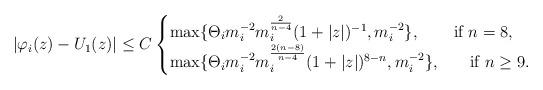
LaTeX: \begin{align*}|\varphi_i (z)-U_1(z)| \le C \begin{cases}\max\{ \Theta_im_i^{-2}m_i^{\frac{2}{n-4}}(1+|z|)^{-1}, m_i^{-2}\},& \mbox{if } n=8, \\\max\{ \Theta_i m_i^{-2}m_i^{\frac{2(n-8)}{n-4}}(1+|z|)^{8-n}, m_i^{-2}\} ,& \quad\mbox{if } n\ge 9.\end{cases}\end{align*}